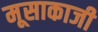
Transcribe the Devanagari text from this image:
मूसाकाजी